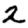
Digit: 2